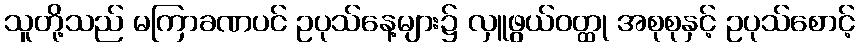
သူတို့သည် မကြာခဏပင် ဥပုသ်နေ့များ၌ လှူဖွယ်ဝတ္ထု အစုစုနှင့် ဥပုသ်စောင့်